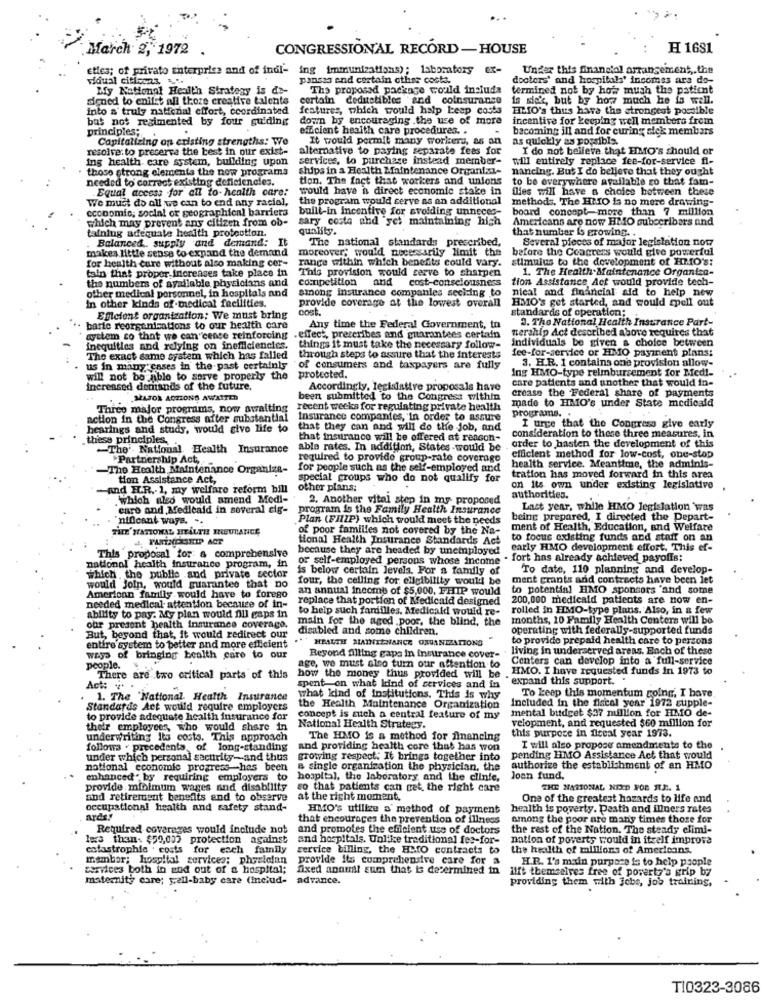
March 2, 1972
CONGRESSIONAL RECORD -HOUSE
H 1681
etles; of privato Enterprise and of indi- ing immunizations); laboratory ex-
Under this financial arrangement ,. the
vidual cities ...
pansis end cortain other costa.
doctors' and hospitals' incomes ars do-
My National Health Strategy is de-
The proposed package could include termined not by how much the patient
dened to enifst all those creative talente
certain deductibles and coinsurance
is sick, but by how much he is well.
into a truly national effort, coordinated features, which would halp Le
features, which would help keep costa
BILIO's thus have the strongest pomible
but not regimented by four guiding
down by encouraging .the use of more
incentive for keeping well members frem
principles;
eficient health care procedures. .
bacoming ill and for curing alek members
Capitalizing op existing strengths: We
It would permit many workers, as an
as quickly as possible.
resolve: to preserve the best in our exist-
alternative to paying separate fees for
I do not believe that EMMO's should or
ing health care system, building upon
services, to purchase instead member-
will entirely replace fee-for-service fl-
those strong elements the new programs
ships in a Health Maintenance Organfal-
nancing. But I do believe that they ought
needed to correct existing deficiencies.
tion. The fact that workers and unions
to be everywhere available go that fam-
Equal access for all to-health care:
would have a direct economic stake in
flies will have a choice between these
We must do all we can to end any racial,
the program would serve as an additional
methods. The HtIO is no mere drawing-
economic, social or geographical barriers
built-in Incentive for avoiding unneces-
board concept-more than 7 million
which may prevent ans citizen from ob-
sary costa and yet maintaining high
Americans are now HMO subscribers and
taining adequate health protection.
quality.
that number is growing ..
Balanced, supply and demand: It
The national standards prescribed,
Several pieces of major legislation now
makes little sense to expand the demand
moreover, would necessarily limit the
before the Coasters would give powerful
for health care without also making cor-
range within which benefits could vary.
stimulus to the development of HMO's:
tain that proper increases take place in
This provision would serve to sharpen
1. The Health Maintenance Organiza-
competition
and
cost-consciousness
tion Assistance Act would provide tech-
other medical personnel, in hospitals and
the numbers of available physicians and
among insurance companies secking to
nical and financial aid to help new
In other kinds of medical facilities.
HMO's get started, and would spell out
cost.
provide coverage at the lowest overall
standards of operation;
Efficient organization: We must bring
3. The National Health Insurance Part-
barte reorganizations to our health care
Any time the Federal Government, tn
tership Act described above requires that
ayttem co that we can cence reinforcing . effect, prescribes and guarantees certain
inequities and relying on inefficiencies. things it must take the necessary follow- individuals be given a choice between
fee-for-service or HMO payment plans:
The exact same system which has falled
through steps to assure that the interests
3. H.R. 1 contains one provision allow-
us in many cases in the past certainly
of consumers and taxpayers are fully
Ing HMO-type reimbursement for Med !-
will not be able to serve properly the
protected.
care patients and another that would in-
Increased demands of the future.
Accordingly, legislative proposals have
crease the Federal share of payments
SŁAJOR ACTIONS AWAITED
been submitted to the Congress within
made to HMO's under State medicald
Three major programs, now awaiting
recent weeks for regulating private health
action in the Congress after substantial
Insurance companies, 'In order to assure
programs ..
hearings and studs, would give life to
that they can and will do the job, and
consideration to these three measures, in
I urge that the Congress give early
thess principles.
that insurance will be offered at reason-
. order to hasten the development of this
-The'. National Health Insurance
able rates. In addition, States .would be
Partnership Act,
required to provide group-rate coverage
efficient method for low-cost, one-stop
-The Health Maintenance Organize-
for people such as the self-employed and
health service. Meantime, the adminis-
tion Assistance Act,
special groups who do not qualify for
tration has moved forward in this area
and H.R .- 1, my welfare reform bill
other plans;
on its own under existing legislative
which also would amend Modi-
2. Another vital step in my proposed
authorities.
caro and Medicald in soveral cig-
program is the Family Health Insurance
Last year, while HMO legislation "was
'nincant ways. ..
Plan (FHIIP) which would meet the needs
being prepared, I directed the Depart-
THE NATIONAL HEALTH IREURANCE
of poor familles not covered by the Na-
ment of Health, Education, and Welfare
tional Health Insurance Standards Act
to focus existing funds and staff on an
This proposal for a comprehensive
because they are headed by unemployed
early HMO development effort. This ef-
or self-employed persons whose income . fort has already achieved payoffs:
national health insurance program, in
is below certain Jevela. For a family of
To date, 110 planning and develop-
which , the public and private sector
four, the calling for eligibility would be
ment grants and contracts have been let
would Join, would guarantee that no
an annual income of $5,000, FHIP would
to potential HMO sponsors "and some
American family would have to forego
replace that portion of Medicaid designed
200,000 medicaid patients are now en-
needed medical attention because of in-
to help such familles. Medicaid would re-
rolled in HIMO-type plans. Also, in & few
ability to pay. My plan would Dil gaps in
main for the aged poor, the blind, the
months, 10 Family Health Centers will be
our present health insurance coverage.
disabled and some children.
operating with federally-supported funds
But, beyond that, it would redirect our
HEALTH ALATNIENANCE ORGANIZATIONS
to provide prepaid health care to persons
entire system to better and more efficient
Beyond Alling gapa in insurance cover-
living in underserved areas. Each of these
ways of bringing health care to our
age, we must also turn our attention to
Centers can develop into a full-service
people.
HMO. I have requested funds In 1973 to
There are two critical parts of this
how the money thus provided will be .
expand this support.
Act: "
spent on what kind of services and in
To keep this momentum going, I have
1. The "National Health Insurance
what kind of institutions. This is why
Included in the fiscal year 1972 supple-
Standards Act would require employers
the Health Maintenance Organization
mental budget $27 million for HMO de-
to provide adequate health insurance for
concept is auch a central feature of my
velopment, and requested $60 million for
their employees, who would share in
National Health Strategy.
this purpose in fiscal year 1973.
underwriting Its costs. This approach
The HMO is a method for financing
follows . precedents, of long-standing
and providing health core that has won
I will also propose amendments to the
under which personal security-and thus
growing respect: It brings together into
pending HMO Assistance Act that would
notional economic progress has been
a single organization the physician, the
authorize the establishment of an HMO
enhanced. by requiring employers to
hospital, the laboratory and the clinic,
Joan fund.
provide minimum wages and disability
so that patients can get the right care
THE NATIONAL NEED FOR RUE. 1
and retirement benefits and to observe
at the right moment,
One of the greatest hazards to life and
occupational health and safety stand-
HMO's utilize o' method of payment
health is poverty. Death and illuers rates
arda!
that encourages the prevention of illness
among the poor are many times those for
Required coverages would include not
and promotes the efficient use of doctors
the rest of the Nation. The steady elimi-
less than- $50,037 protection against
and hospitals. Unlike traditional fes-for-
nation of poverty would in itself improve
catastrophis . costs for each family
service billing, the HMIO contracts to
the health of millions of Americans.
mambar; hospital services; physician provide its comprehensive care for a
H.R. 1's main purpose is to help people
services both in and out of a hospital;
fixed annual sum that is determined in ilft themselves free of poverty's grip by
maternity care; yell-baby care (Includ- advance.
providing them with Jobs, job training,
T10323-3086